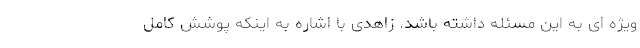
ویژه ای به این مسئله داشته باشد. زاهدی با اشاره به اینکه پوشش کامل